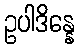
ဥပါဒိန္နေ